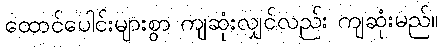
ထောင်ပေါင်းများစွာ ကျဆုံးလျှင်လည်း ကျဆုံးမည်။